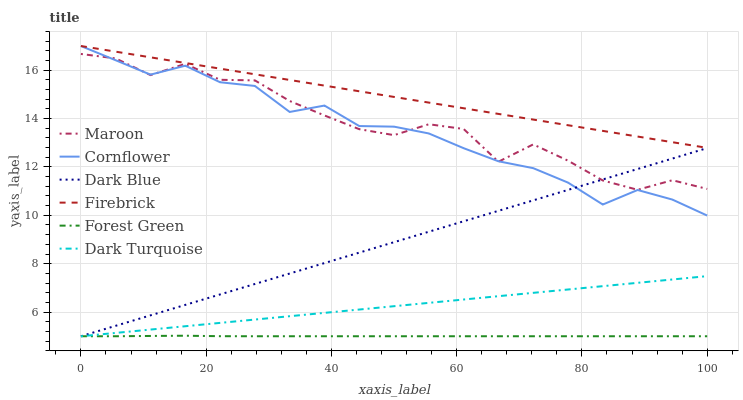
| xaxis_label | Maroon | Cornflower | Dark Blue | Firebrick | Forest Green | Dark Turquoise |
 | --- | --- | --- | --- | --- | --- | --- |
 | 0 | 16.7 | 17 | 5 | 17 | 5 | 5 |
 | 5.56 | 16.5 | 16.4 | 5.43 | 16.8 | 5 | 5.14 |
 | 11.1 | 15.8 | 15.8 | 5.86 | 16.5 | 5.01 | 5.28 |
 | 16.7 | 16.3 | 16.2 | 6.3 | 16.3 | 5.02 | 5.41 |
 | 22.2 | 15.6 | 15.5 | 6.73 | 16.1 | 5 | 5.55 |
 | 27.8 | 15.6 | 15.3 | 7.16 | 15.8 | 5 | 5.69 |
 | 33.3 | 14.7 | 14.3 | 7.59 | 15.6 | 5 | 5.83 |
 | 38.9 | 14.1 | 14.5 | 8.03 | 15.4 | 5 | 5.97 |
 | 44.4 | 13.6 | 13.7 | 8.46 | 15.1 | 5 | 6.1 |
 | 50 | 13.3 | 13.7 | 8.89 | 14.9 | 5 | 6.24 |
 | 55.6 | 13.8 | 13.4 | 9.32 | 14.7 | 5 | 6.38 |
 | 61.1 | 13.6 | 12.8 | 9.75 | 14.4 | 5 | 6.52 |
 | 66.7 | 12.2 | 12.2 | 10.2 | 14.2 | 5 | 6.66 |
 | 72.2 | 12.9 | 11.9 | 10.6 | 14 | 5 | 6.79 |
 | 77.8 | 12.3 | 11.4 | 11.1 | 13.7 | 5 | 6.93 |
 | 83.3 | 11.4 | 10.4 | 11.5 | 13.5 | 5 | 7.07 |
 | 88.9 | 11.1 | 11 | 11.9 | 13.3 | 5 | 7.21 |
 | 94.4 | 11.5 | 10.7 | 12.3 | 13 | 5 | 7.35 |
 | 100 | 11.1 | 9.99 | 12.8 | 12.8 | 5 | 7.49 |